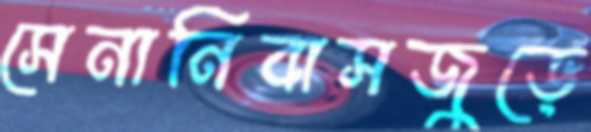
সেনানিবাসজুড়ে